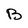
Character: B